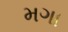
મગા